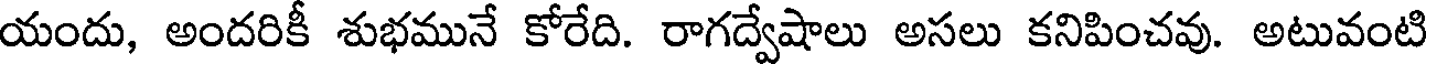
యందు, అందరికీ శుభమునే కోరేది. రాగద్వేషాలు అసలు కనిపించవు. అటువంటి